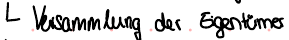
Versammlung der Eigentümer